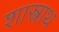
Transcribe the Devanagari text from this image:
शास्त्राथ